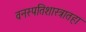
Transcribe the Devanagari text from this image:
वनस्पतिशास्त्रातहा